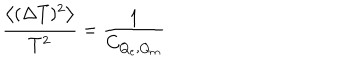
\frac { \left< ( \Delta T ) ^ { 2 } \right> } { T ^ { 2 } } = \frac { 1 } { C _ { Q _ { e } , Q _ { m } } }